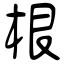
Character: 根